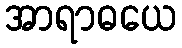
အာရာဓယေ